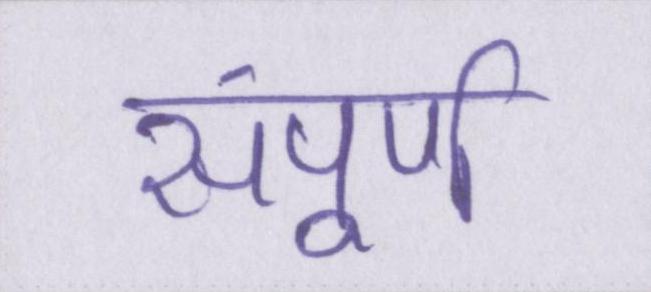
संपूर्ण